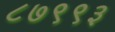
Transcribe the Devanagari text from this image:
८७९९३